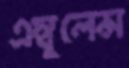
এম্বুলেন্স